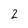
Character: 2